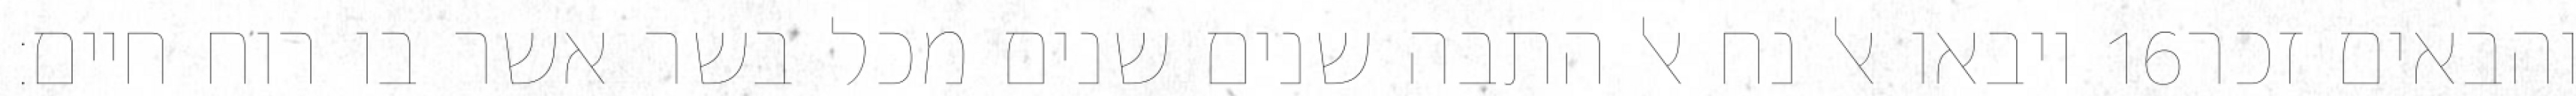
ויבאו אל נח אל התבה שנים שנים מכל בשר אשר בו רוח חיים׃ ‎16‏ והבאים זכר